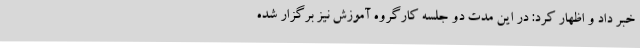
خبر داد و اظهار کرد: در این مدت دو جلسه کارگروه آموزش نیز برگزار شده